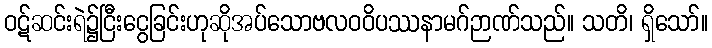
ဝဋ်ဆင်းရဲ၌ငြီးငွေခြင်းဟုဆိုအပ်သောဗလဝဝိပဿနာမဂ်ဉာဏ်သည်။ သတိ၊ ရှိသော်။